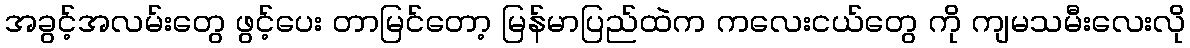
အခွင့်အလမ်းတွေ ဖွင့်ပေး တာမြင်တော့ မြန်မာပြည်ထဲက ကလေးငယ်တွေ ကို ကျမသမီးလေးလို